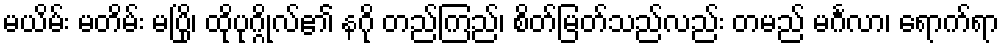
မယိမ်း မတိမ်း မပြို၊ ထိုပုဂ္ဂိုလ်၏ နဂို တည်ကြည်၊ စိတ်မြတ်သည်လည်း တမည် မင်္ဂလာ၊ ရောက်ရာ